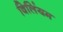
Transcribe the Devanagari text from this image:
विलिंयम